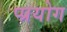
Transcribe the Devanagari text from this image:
प्प्रयोग